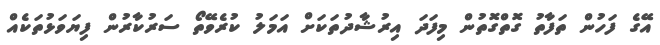
އޭގެ ފަހުން ތަފާތު ގޮތްގޮތުން މިފަދަ އިރުޝާދުތަކަށް އަމަލު ކުރެވޭތޯ ސަރުކާރުން ފިޔަވަޅުތަކެއް